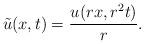
LaTeX: \begin{align*}\tilde u(x,t) = \frac{u(rx,r^2 t)}{r}.\end{align*}